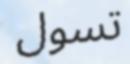
تسول